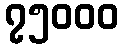
၇၅၀၀၀